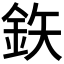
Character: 鉃